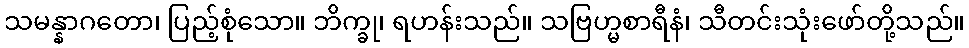
သမန္နာဂတော၊ ပြည့်စုံသော။ ဘိက္ခု၊ ရဟန်းသည်။ သဗြဟ္မစာရီနံ၊ သီတင်းသုံးဖော်တို့သည်။